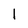
Character: I